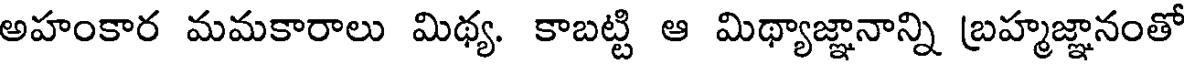
అహంకార మమకారాలు మిథ్య. కాబట్టి ఆ మిథ్యాజ్ఞానాన్ని బ్రహ్మజ్ఞానంతో